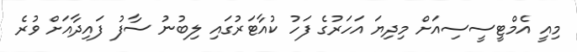
މިއީ އެމްޓީސީސިއަށް މިދިޔަ އަހަރުގެ ފަހު ކުއާޓަރުގައި ލިބުނު ސާފު ފައިދާއަށް ވުރެ